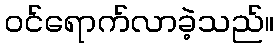
ဝင်ရောက်လာခဲ့သည်။